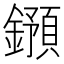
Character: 𨮌